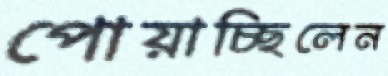
পোয়াচ্ছিলেন